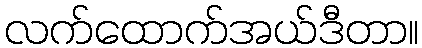
လက်ထောက်အယ်ဒီတာ။